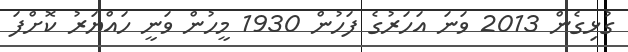
ގުޅިގެން 2013 ވަނަ އަހަރުގެ ފަހުން 1930 މީހުން ވަނީ ހައްޔަރު ކޮށްފަ